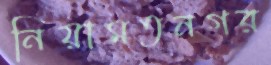
নিয়ামতনগর